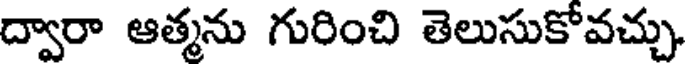
ద్వారా ఆత్మను గురించి తెలుసుకోవచ్చు.